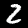
Digit: 2